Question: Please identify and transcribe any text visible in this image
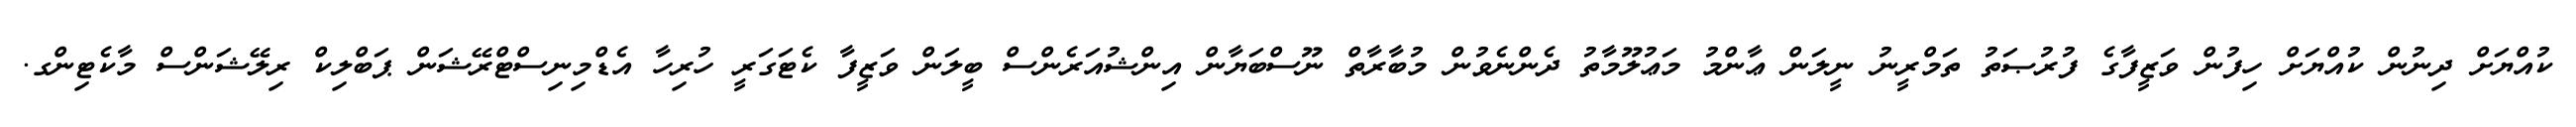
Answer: ކުއްޔަށް ދިނުން ކުއްޔަށް ހިފުން ވަޒީފާގެ ފުރުޞަތު ތަމްރީނު ނީލަން ޢާންމު މަޢުލޫމާތު ދެންނެވުން މުބާރާތް ނޫސްބަޔާން އިންޝުއަރެންސް ބީލަން ވަޒީފާ ކެޓަގަރީ ހުރިހާ އެޑްމިނިސްޓްރޭޝަން ޕަބްލިކް ރިލޭޝަންސް މާކެޓިންގ.